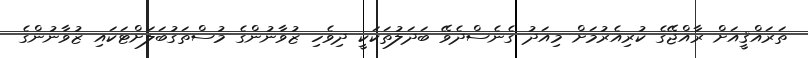
ތަރައްޤީއަށް ރާއްޖޭގެ ކުރިއެރުމަށް މިއަދު ގެނެސްދެވޭ ބަދަލުތަކަކީ ދިވެހި ޒުވާނުންގެ މުސްތަގުބަލަށްޓަކައި ޒުވާނުންގެ